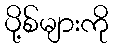
ပို့စ်များကို